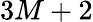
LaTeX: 3M+2